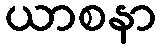
ယာစနာ